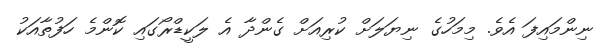
ނިންމައިފަ އެވެ. މިމަހުގެ ނިޔަލަށް ކުރިއަށް ގެންދާ އެ ލަކީޑްރޯގައި ކޮންމެ ހަފުތާއަކު